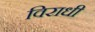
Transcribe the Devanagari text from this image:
विराधी